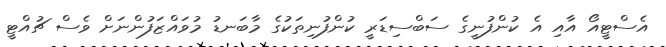
އެސްޓީއޯ އާއި އެ ކުންފުނީގެ ސަބްސިޑަރީ ކުންފުނިތަކުގެ މާބަނޑު މުވައްޒަފުންނަށް ވެސް ޗުއްޓީ